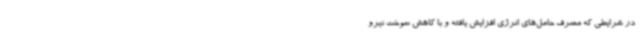
در شرایطی که مصرف حامل‌های انرژی افزایش یافته و با کاهش سوخت نیرو